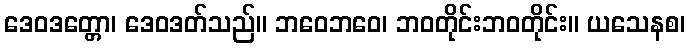
ဒေဝဒတ္တော၊ ဒေဝဒတ်သည်။ ဘဝေဘဝေ၊ ဘဝတိုင်းဘဝတိုင်း။ ယသေနစ၊